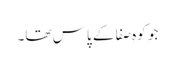
جو کوہِ صفا کے پاس تھا۔